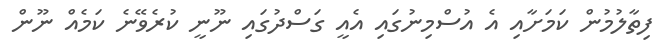
ފިތާލުމުން ކަމަށާއި އެ އުސްމިނުގައި އެއީ ގަސްދުގައި ނޫނީ ކުރެވޭނެ ކަމެއް ނޫން